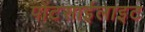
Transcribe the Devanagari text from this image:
पोंटसाईलाइट